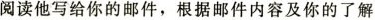
阅读他写给你的邮件,根据邮件内容及你的了解